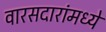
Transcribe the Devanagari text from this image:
वारसदारांमध्ये